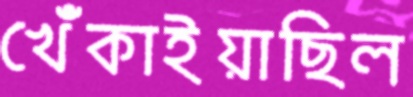
খেঁকাইয়াছিল